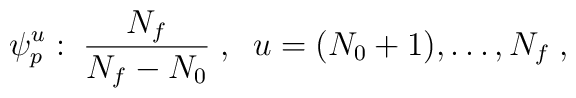
\psi_p^{u}: \; \frac{N_f}{N_f - N_0}\;, \;\; u = (N_0 +1), \dots, N_f\;,